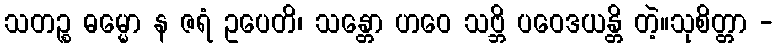
သတဉ္စ ဓမ္မော န ဇရံ ဥပေတိ၊ သန္တော ဟဝေ သဗ္ဘိ ပဝေဒယန္တိ တဲ့။သုစိတ္တာ -